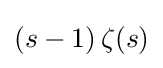
(s-1)\,\zeta (s)